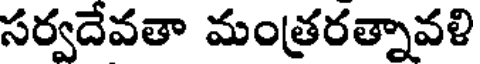
సర్వదేవతా మంత్రరత్నావళి